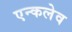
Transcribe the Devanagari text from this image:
एन्कलेव